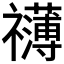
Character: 𮂣